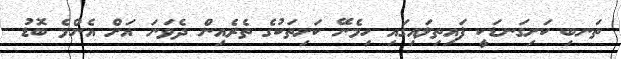
ތަނބި ކަށިގަނޑަކީ ފައިތިލައިގައި ހިމެނޭ ކަށިތަކުގެ ތެރެއިން ދެވަނަ އަށް އެންމެ ބޮޑު